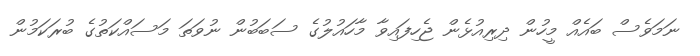
ނަމަވެސް ބައެއް މީހުން ދިރިއުޅެން ޖެހިފައިވާ މާހައުލުގެ ސަބަބުން ނުވަތަ މަސައްކަތުގެ ބުރަކަމުން